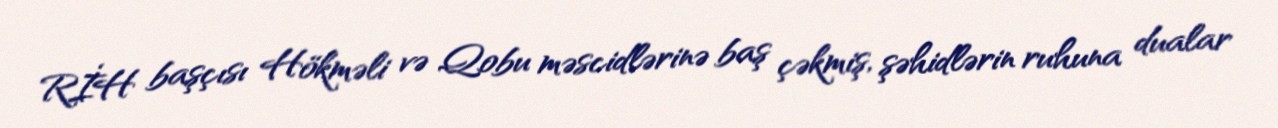
RİH başçısı Hökməli və Qobu məscidlərinə baş çəkmiş, şəhidlərin ruhuna dualar